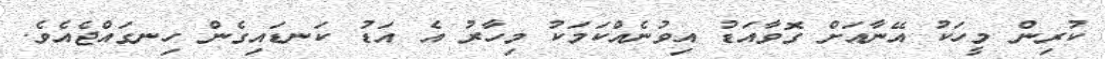
ކުރިން މީހަކު އޭނާއަށް ގޮވާއަޑު އިވުނެއްކަމަކު މިހާރު އެ އަޑު ކަނޑައިގެން ހިނގައްޖެއެވެ.